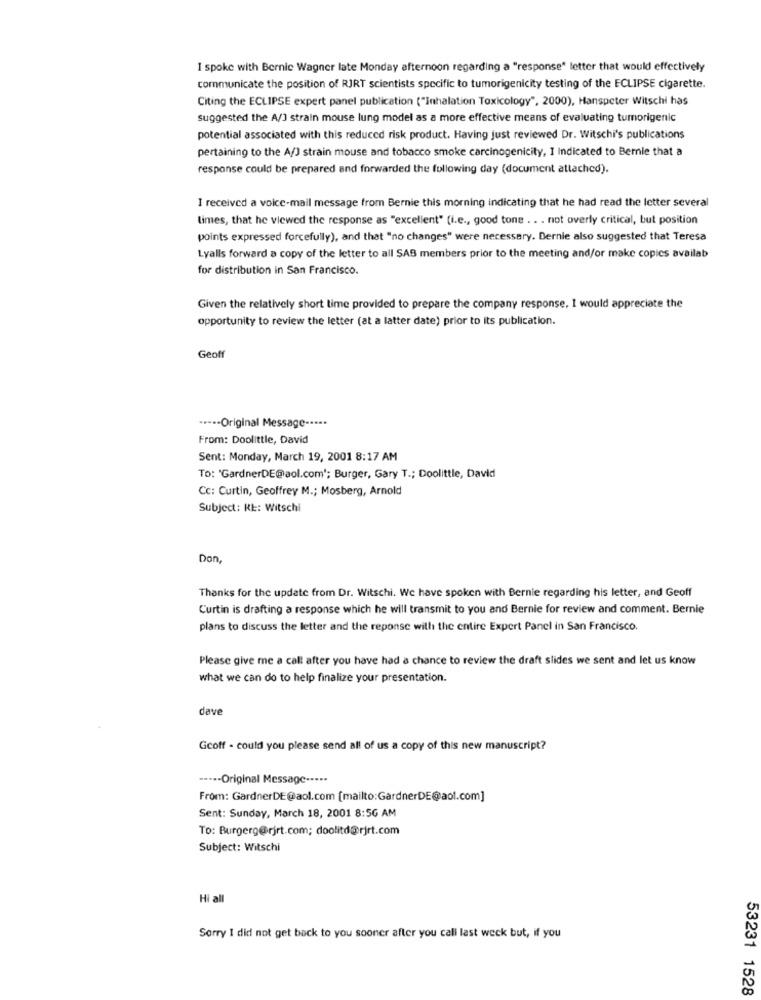
I spoke with Bernic Wagner late Monday afternoon regarding a "response" letter that would effectively
communicate the position of RJRT scientists specific to tumorigenicity testing of the ECLIPSE cigarette.
Citing the ECLIPSE expert panel publication ("Inhalation Toxicology", 2000), Hanspeter Witschi has
suggested the A/J strain mouse lung model as a more effective means of evaluating tumorigenic
potential associated with this reduced risk product. Having just reviewed Dr. Witschi's publications
pertaining to the A/J strain mouse and tobacco smoke carcinogenicity, I Indicated to Bemnie that a
response could be prepared and forwarded the following day (document attached).
I received a voice-mail message from Bernie this morning indicating that he had read the letter several
limes, that he viewed the response as "excellent" (i.e ., good tone . . . not overly critical, but position
points expressed forcefully), and that "no changes" were necessary. Dernie also suggested that Teresa
Lyalls forward a copy of the letter to all SAB members prior to the meeting and/or make copies availab
for distribution in San Francisco.
Given the relatively short time provided to prepare the company response, I would appreciate the
opportunity to review the letter (at a latter date) prior to its publication.
Geoff
----- Original Message-
From: Doolittle, David
Sent: Monday, March 19, 2001 8:17 AM
To: 'GardnerDE@aol.com'; Burger, Gary T .; Doolittle, David
Cc: Curtin, Geoffrey M .; Mosberg, Arnold
Subject: RE :: Witschi
Don,
Thanks for the update from Dr. Witschi. We have spoken with Bernie regarding his letter, and Geoff
Curtin is drafting a response which he will transmit to you and Bernie for review and comment. Bernie
plans to discuss the letter and the reponse with the entire Expert Panel in San Francisco.
Please give me a call after you have had a chance to review the draft slides we sent and let us know
what we can do to help finalize your presentation.
dave
Geoff - could you please send all of us a copy of this new manuscript?
----- Original Message ·····
From: GardnerDE@aol.com [mailto:GardnerDE@aol.com]
Sent: Sunday, March 18, 2001 8:56 AM
To: Burgerg@rirt.com; doolitd@rjrt.com
Subject: Witschi
Hi all
Sorry I did not get back to you sooner after you call last week but, if you
53231 1528